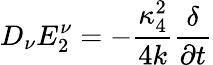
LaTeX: D_{\nu}E_{2}^{\nu}=-{\frac{{\kappa_{4}^{2}}}{{4k}}}{\frac\delta{{\partial t}}}